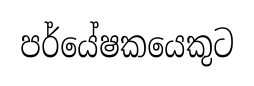
පර්යේෂකයෙකුට